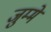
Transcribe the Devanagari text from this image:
जुम्मे